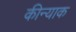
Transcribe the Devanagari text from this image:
कीन्याक